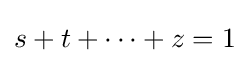
s+t+\cdots +z=1